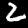
Digit: 2